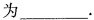
为___.